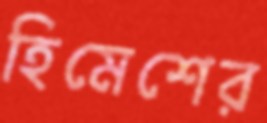
হিমেশের